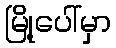
မြို့ပေါ်မှာ